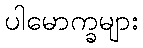
ပါမောက္ခများ